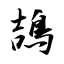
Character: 鴶